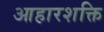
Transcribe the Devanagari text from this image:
आहारशक्ति